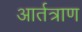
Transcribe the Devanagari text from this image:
आर्तत्राण